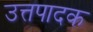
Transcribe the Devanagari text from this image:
उत्तपादक